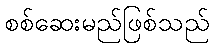
စစ်ဆေးမည်ဖြစ်သည်